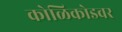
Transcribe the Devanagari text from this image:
कोळिकोडवर